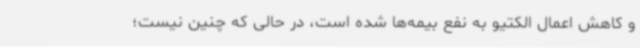
و کاهش اعمال الکتیو به نفع بیمه‌ها شده است، در حالی که چنین نیست؛